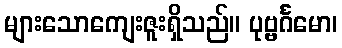
များသောကျေးဇူးရှိသည်။ ပုဗ္ဗင်္ဂမော၊